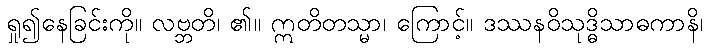
ရှု၍နေခြင်းကို။ လဗ္ဘတိ၊ ၏။ ဣတိတသ္မာ၊ ကြောင့်။ ဒဿနဝိသုဒ္ဓိသာဓကာနိ၊